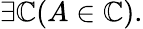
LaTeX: \exists\mathbb{C}(A\in\mathbb{C}).